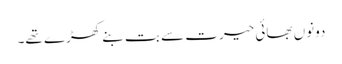
دونوں بھائی حیرت سے بت بنے کھڑے تھے۔